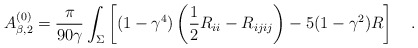
\begin{align*}A^{(0)}_{\beta,2}={\pi \over 90\gamma}\int_{\Sigma}\left[(1-\gamma^4)\left(\frac 12R_{ii}-R_{ijij}\right)-5(1-\gamma^2)R\right]~~~.\end{align*}